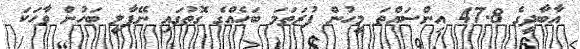
އާބާދީގެ 47.8 އިންސައްތަ މީހުން ފުރަތަމަ ބަހެއްގެ ގޮތުގައި ނޭޕާލީ ބަހުން ވާހަކަ